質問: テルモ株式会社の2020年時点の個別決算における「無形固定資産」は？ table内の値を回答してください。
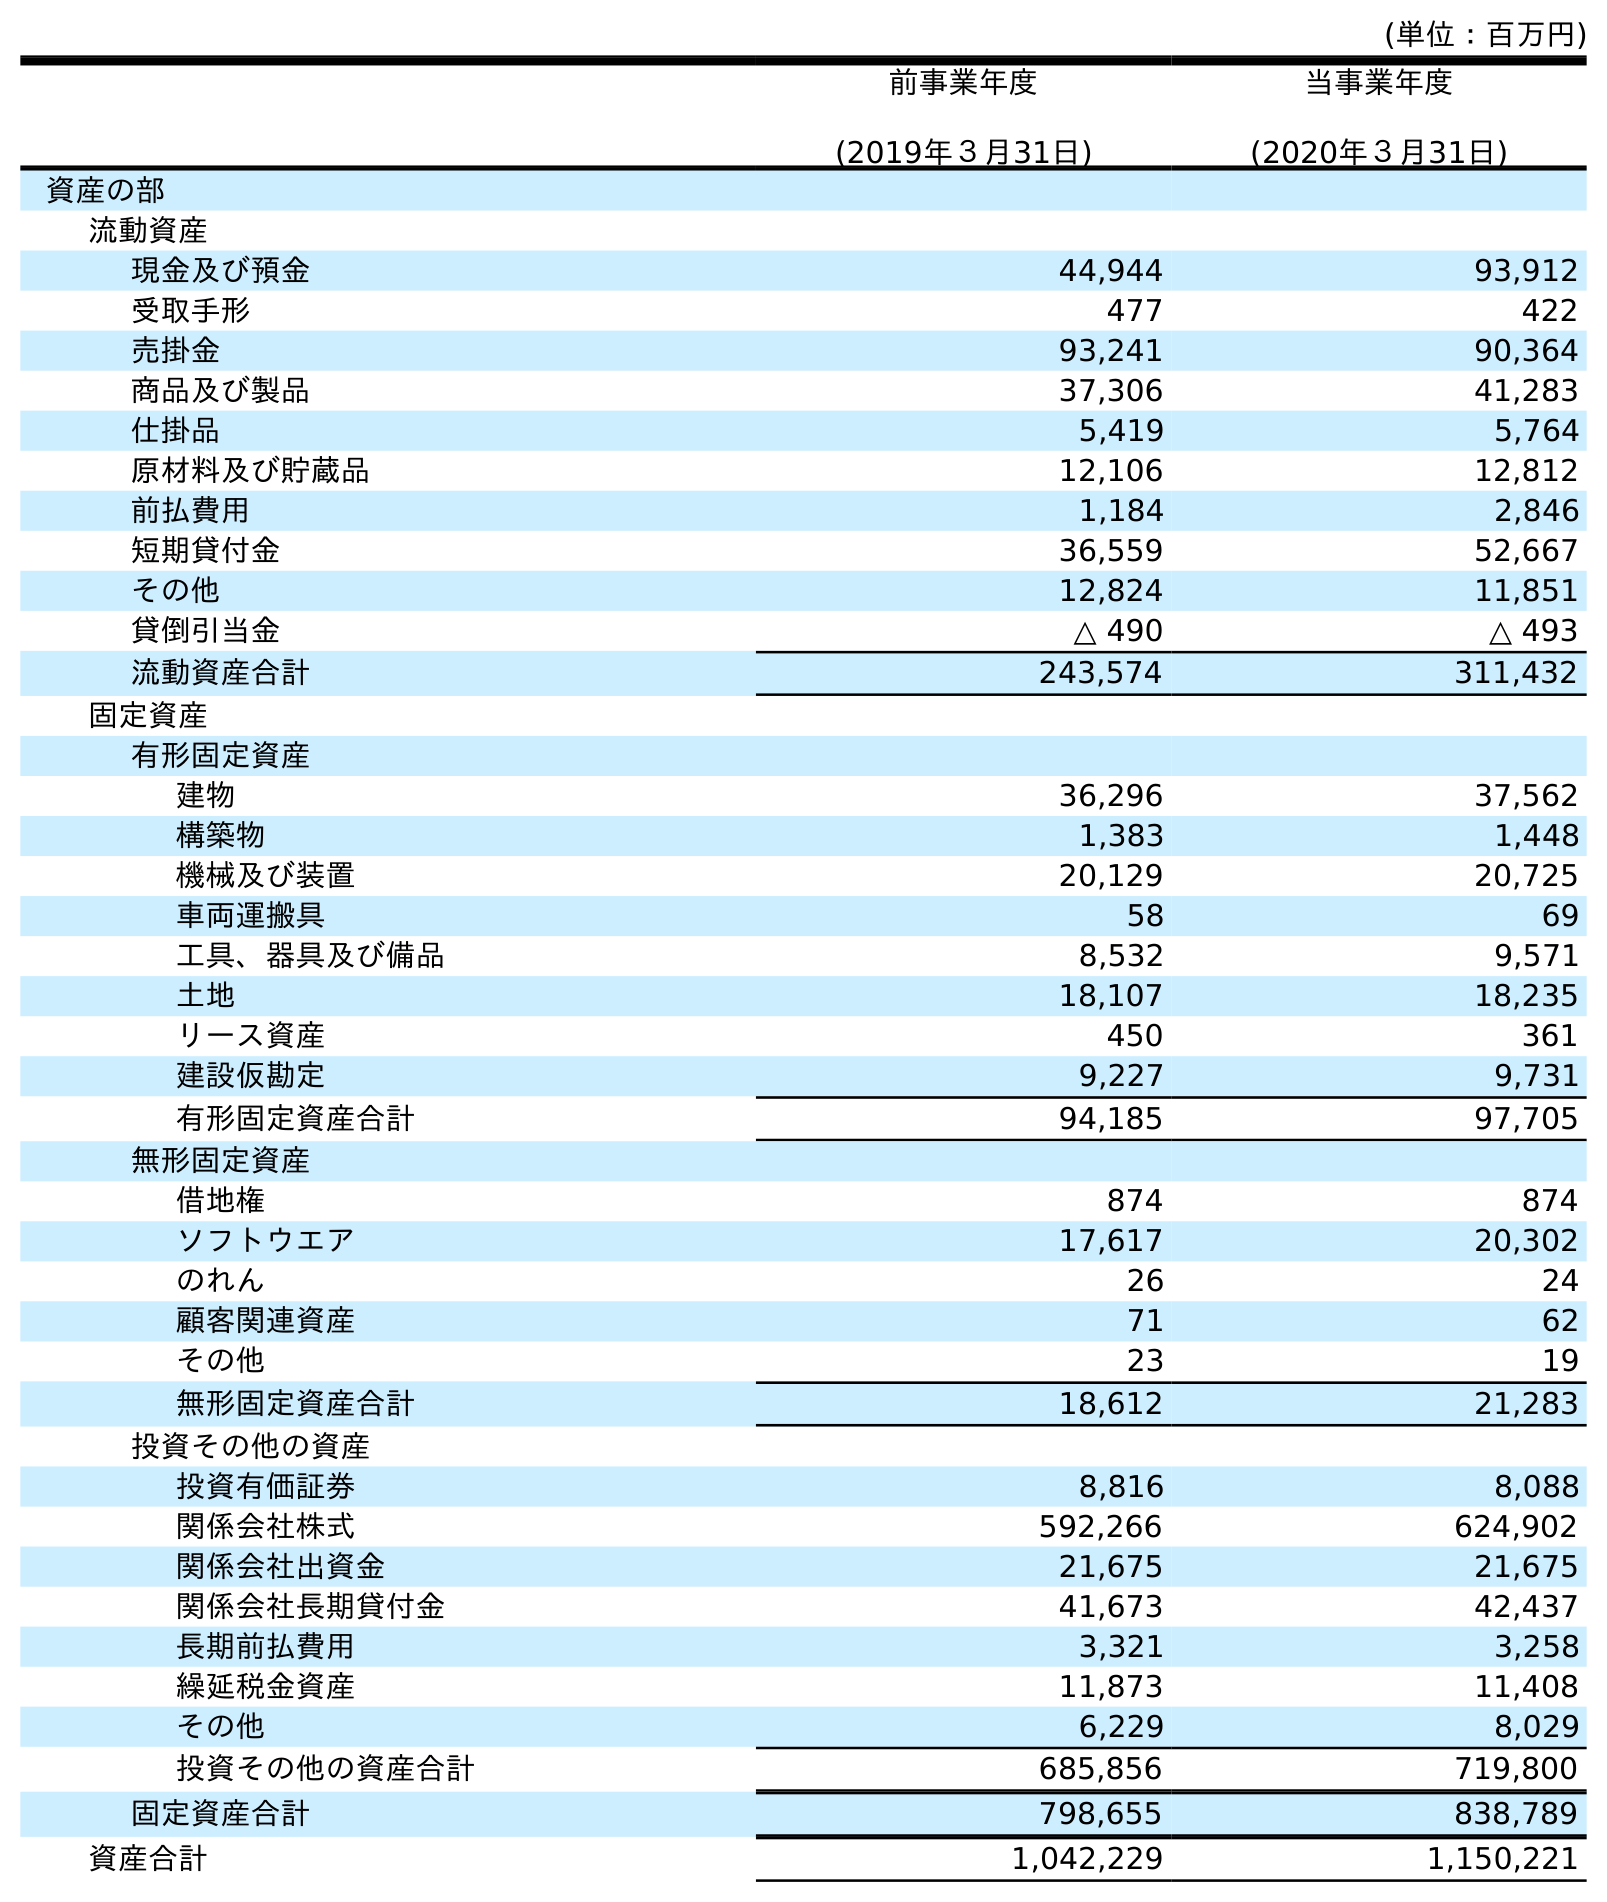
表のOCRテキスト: (単位：百万円) 前事業年度 (2019年３月31日) 当事業年度 (2020年３月31日) 資産の部 流動資産 現金及び預金 44,944 93,912 受取手形 477 422 売掛金 93,241 90,364 商品及び製品 37,306 41,283 仕掛品 5,419 5,764 原材料及び貯蔵品 12,106 12,812 前払費用 1,184 2,846 短期貸付金 36,559 52,667 その他 12,824 11,851 貸倒引当金 △ 490 △ 493 流動資産合計 243,574 311,432 固定資産 有形固定資産 建物 36,296 37,562 構築物 1,383 1,448 機械及び装置 20,129 20,725 車両運搬具 58 69 工具、器具及び備品 8,532 9,571 土地 18,107 18,235 リース資産 450 361 建設仮勘定 9,227 9,731 有形固定資産合計 94,185 97,705 無形固定資産 借地権 874 874 ソフトウエア 17,617 20,302 のれん 26 24 顧客関連資産 71 62 その他 23 19 無形固定資産合計 18,612 21,283 投資その他の資産 投資有価証券 8,816 8,088 関係会社株式 592,266 624,902 関係会社出資金 21,675 21,675 関係会社長期貸付金 41,673 42,437 長期前払費用 3,321 3,258 繰延税金資産 11,873 11,408 その他 6,229 8,029 投資その他の資産合計 685,856 719,800 固定資産合計 798,655 838,789 資産合計 1,042,229 1,150,221
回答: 21,283